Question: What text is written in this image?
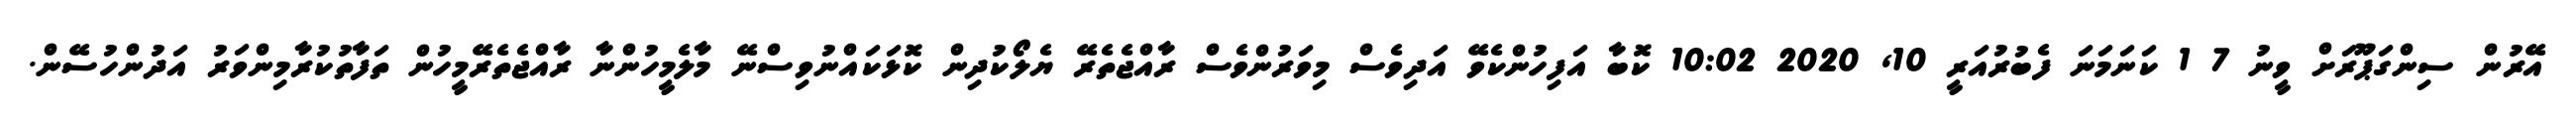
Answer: އޭރުން ސިންގަޕޫރަށް ވީނު 7 1 ކަނަމަނަ ފެބުރުއަރީ 10, 2020 10:02 ކޮބާ އަފިހުންކެވޭ އަދިވެސް މިވަރުންވެސް ރާއްޖެތެރޭ ޔެލޯކުދިން ކޮޅަކައްނުވިސްނޭ މާލެމީހުންނާ ރާއްޖެތެރޭމީހުން ތަފާތުކުރާމިންވަރު އަދުންހުސޭން.